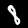
Label: 8